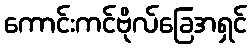
ကောင်းကင်ဗိုလ်ခြေအရှင်